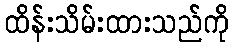
ထိန်းသိမ်းထားသည်ကို